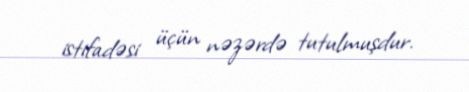
istifadəsi üçün nəzərdə tutulmuşdur.